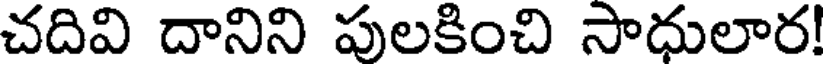
చదివి దానిని పులకించి సాధులార!